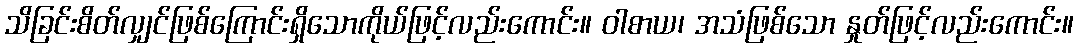
သိခြင်းစိတ်လျှင်ဖြစ်ကြောင်းရှိသောကိုယ်ဖြင့်လည်းကောင်း။ ဝါစာယ၊ အသံဖြစ်သော နှုတ်ဖြင့်လည်းကောင်း။